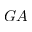
G A